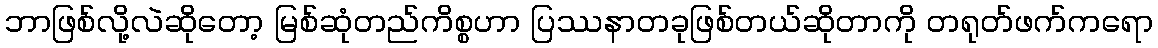
ဘာဖြစ်လို့လဲဆိုတော့ မြစ်ဆုံတည်ကိစ္စဟာ ပြဿနာတခုဖြစ်တယ်ဆိုတာကို တရုတ်ဖက်ကရော